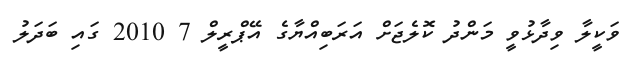
ވަކީލާ ވިދާޅުވީ މަންދު ކޮލެޖަށް އަރަބިއްޔާގެ އޭޕްރީލް 7 2010 ގައި ބަދަލު